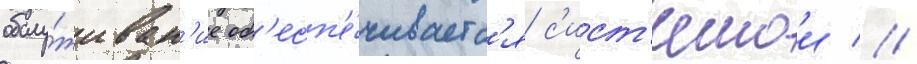
обслу́живан'ие об'есп'е́чиваетс'я с'ист'емои //